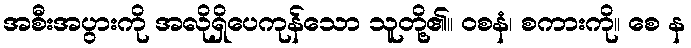
အစီးအပွားကို အလိုရှိပေကုန်သော သူတို့၏။ ဝစနံ၊ စကားကို။ စေ န